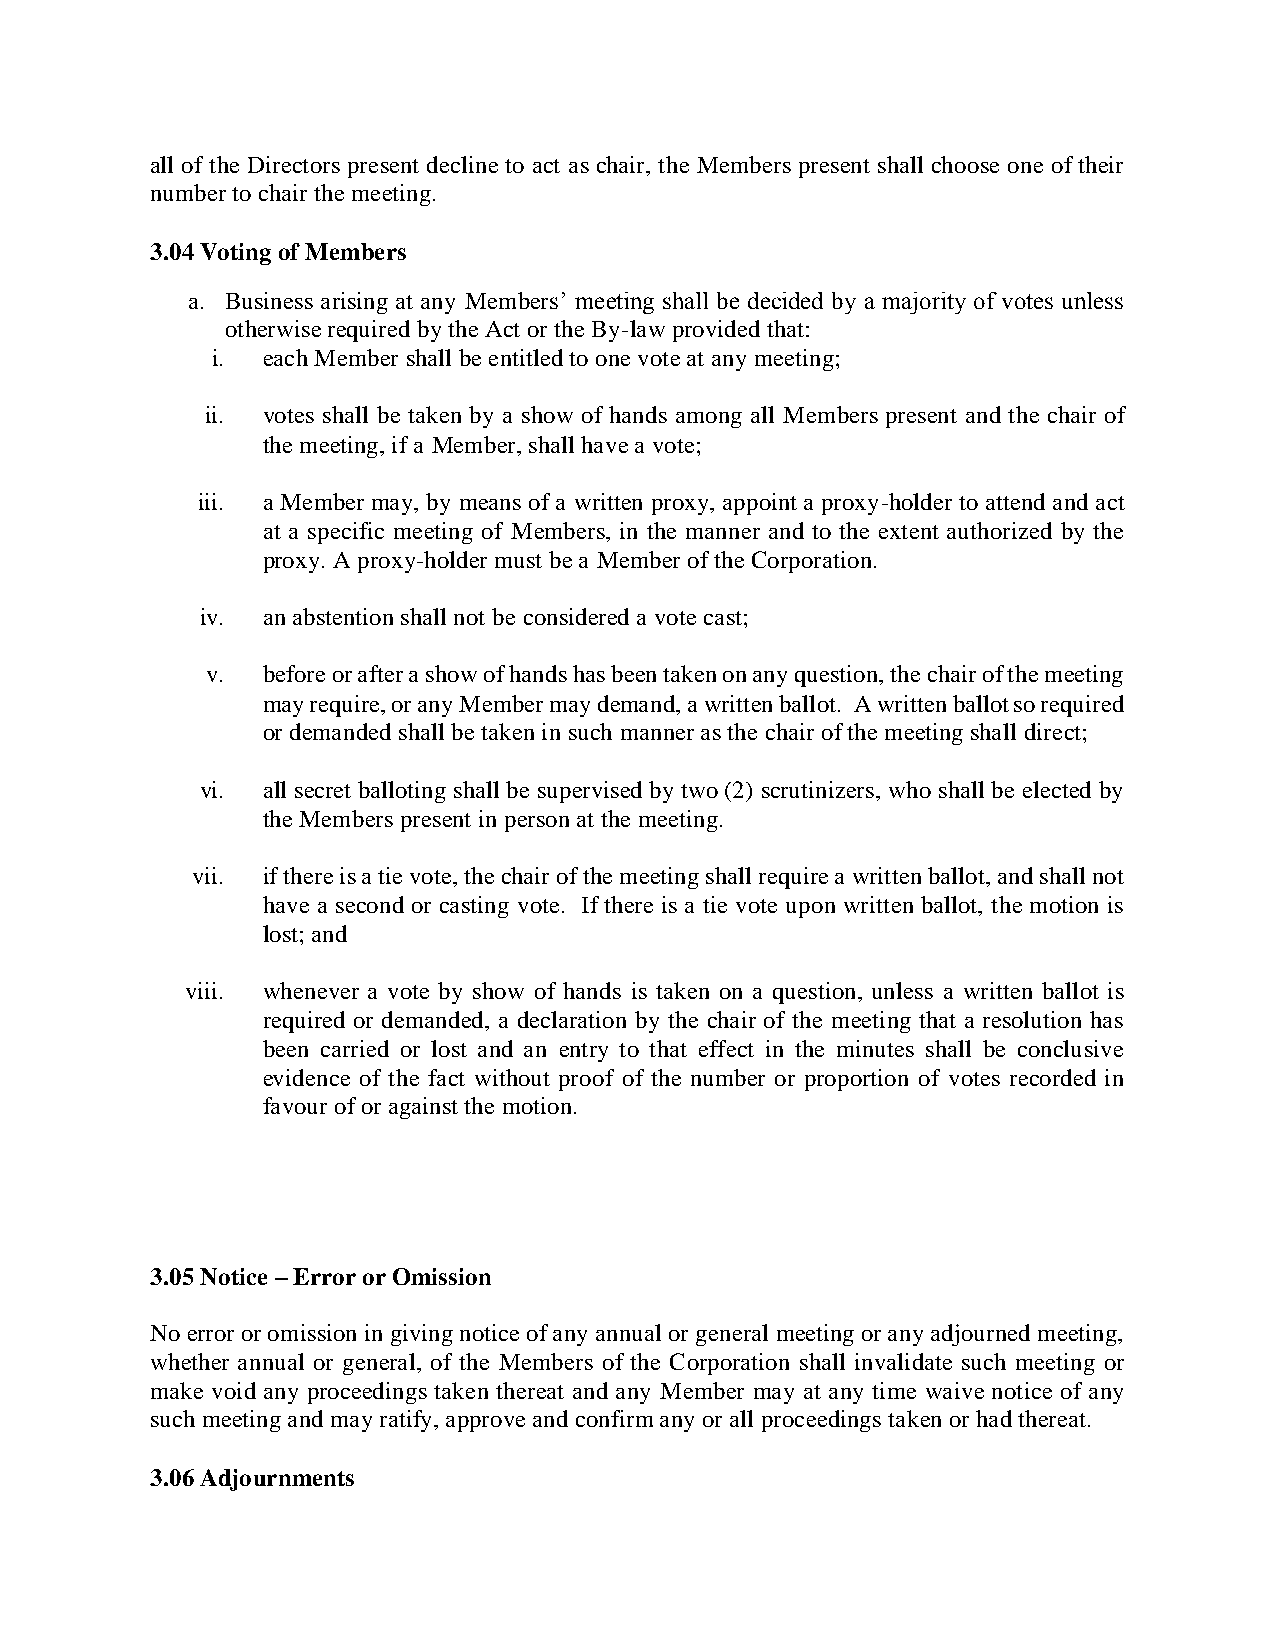
all of the Directors present decline to act as chair, the Members present shall choose one of their
 number to chair the meeting.
 3.04 Voting of Members
 a. Business arising at any Members’ meeting shall be decided by a majority of votes unless
 otherwise required by the Act or the By-law provided that:
 i. each Member shall be entitled to one vote at any meeting;
 ii. votes shall be taken by a show of hands among all Members present and the chair of
 the meeting, if a Member, shall have a vote;
 iii. a Member may, by means of a written proxy, appoint a proxy-holder to attend and act
 at a specific meeting of Members, in the manner and to the extent authorized by the
 proxy. A proxy-holder must be a Member of the Corporation.
 iv. an abstention shall not be considered a vote cast;
 v. before or after a show of hands has been taken on any question, the chair of the meeting
 may require, or any Member may demand, a written ballot. A written ballot so required
 or demanded shall be taken in such manner as the chair of the meeting shall direct;
 vi. all secret balloting shall be supervised by two (2) scrutinizers, who shall be elected by
 the Members present in person at the meeting.
 vii. if there is a tie vote, the chair of the meeting shall require a written ballot, and shall not
 have a second or casting vote. If there is a tie vote upon written ballot, the motion is
 lost; and
 viii. whenever a vote by show of hands is taken on a question, unless a written ballot is
 required or demanded, a declaration by the chair of the meeting that a resolution has
 been carried or lost and an entry to that effect in the minutes shall be conclusive
 evidence of the fact without proof of the number or proportion of votes recorded in
 favour of or against the motion.
 3.05 Notice – Error or Omission
 No error or omission in giving notice of any annual or general meeting or any adjourned meeting,
 whether annual or general, of the Members of the Corporation shall invalidate such meeting or
 make void any proceedings taken thereat and any Member may at any time waive notice of any
 such meeting and may ratify, approve and confirm any or all proceedings taken or had thereat.
 3.06 Adjournments